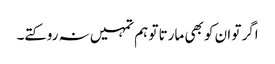
اگر تو ان کو بھی مارتا تو ہم تمہیں نہ روکتے۔